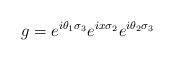
LaTeX: \begin{align*} g=e^{i\theta_{1}\sigma_{3}}e^{ix\sigma_{2}}e^{i\theta_{2}\sigma_{3}}\end{align*}